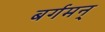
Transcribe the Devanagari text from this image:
बर्गमन्‌